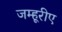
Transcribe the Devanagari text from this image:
जम्हूरीए